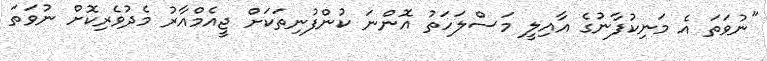
"ނުވަތަ އެ މަނިކުފާނުގެ އާއިލީ މަސްލަހަތު އޮންނަ ކުންފުނިތަކަށް ޖީއެމްއާރު މެދުވެރިކޮށް ނުވަތަ